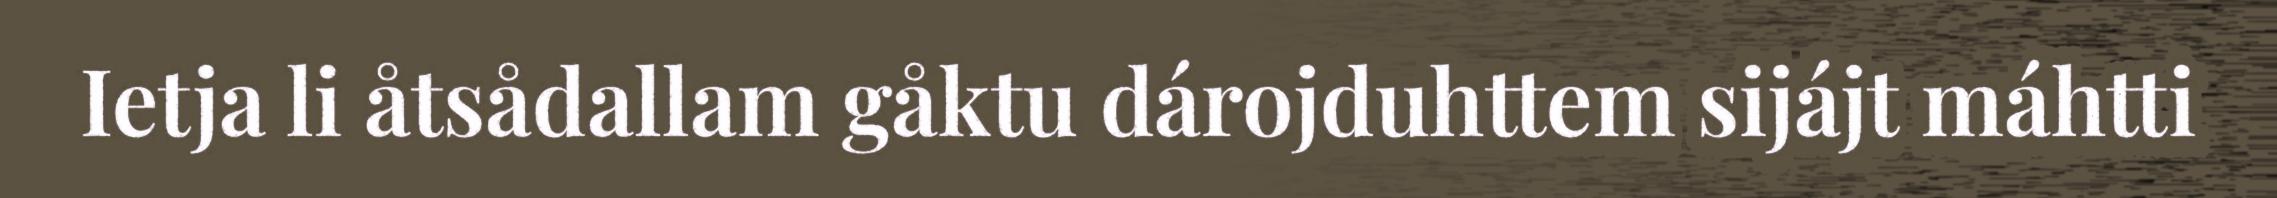
Ietja li åtsådallam gåktu dárojduhttem sijájt máhtti